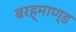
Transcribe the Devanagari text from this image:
बरह्माण्ड